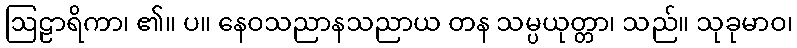
ဩဠာရိကာ၊ ၏။ ပ။ နေဝသညာနသညာယ တန သမ္ပယုတ္တာ၊ သည်။ သုခုမာဝ၊